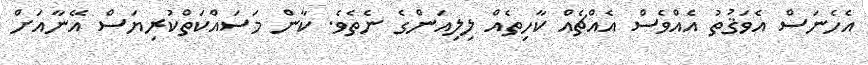
އެހެނަސް އެވަޤުތު އެއްވެސް އެއްޗެއް ކާހިތެއް ލިލިއަންގެ ނެތެވެ. ކާން މަސައްކަތްކުރިޔަސް އޭނާއަށް